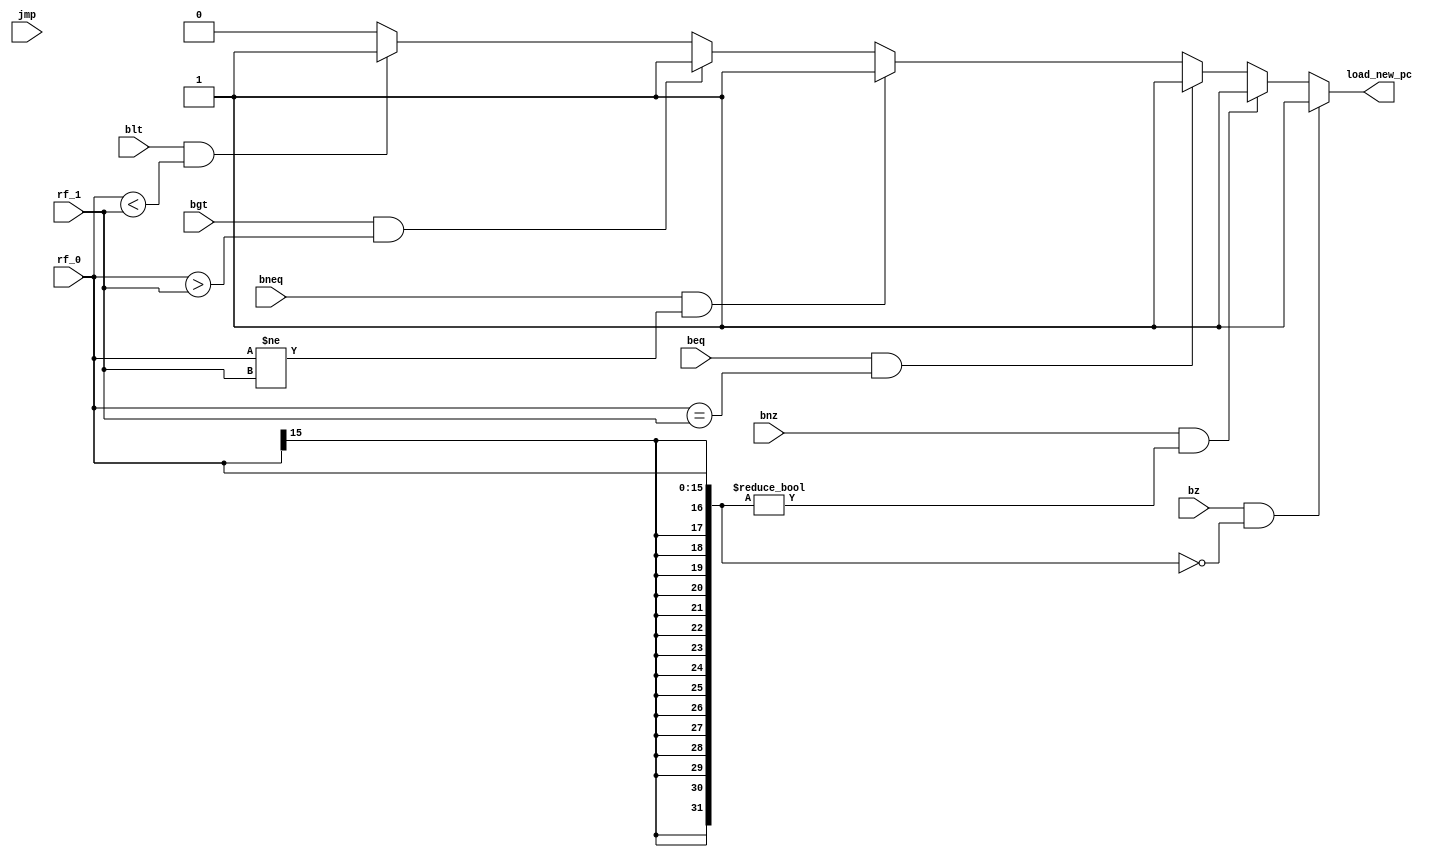
module branch_ct(input bz,
                 input bnz,
                 input beq,
                 input bneq,
                 input bgt,
                 input blt,
                 input jmp,
                 input [15:0] rf_0,
                 input [15:0] rf_1,
                 output reg load_new_pc);
                     
always@( * ) 
begin
if ( bz && $signed(rf_0) == 0 )
    load_new_pc=1;
else if ( bnz && $signed(rf_0) != 0 )
    load_new_pc=1;
else if ( beq && $signed(rf_0) == $signed(rf_1) )
    load_new_pc=1;
else if ( bneq && $signed(rf_0) != $signed(rf_1) )
    load_new_pc=1;
else if ( bgt && $signed(rf_0) > $signed(rf_1) )
    load_new_pc=1;
else if ( blt && $signed(rf_0) < $signed(rf_1) )
    load_new_pc=1;
else
    load_new_pc=0;
end


endmodule